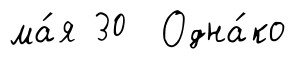
ма́я 30 Одна́ко